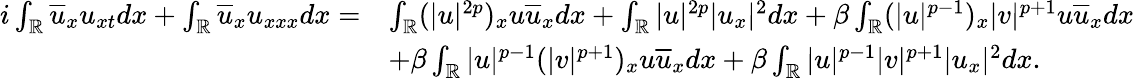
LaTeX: \begin{array}{rl}{i\int_{\mathbb{R}}\overline{{u}}_{x}u_{xt}dx+\int_{\mathbb{R}}\overline{{u}}_{x}u_{xxx}dx=}&{\int_{\mathbb{R}}(|u|^{2p})_{x}u\overline{{u}}_{x}dx+\int_{\mathbb{R}}|u|^{2p}|u_{x}|^{2}dx+\beta\int_{\mathbb{R}}(|u|^{p-1})_{x}|v|^{p+1}u\overline{{u}}_{x}dx}\\ &{+\beta\int_{\mathbb{R}}|u|^{p-1}(|v|^{p+1})_{x}u\overline{{u}}_{x}dx+\beta\int_{\mathbb{R}}|u|^{p-1}|v|^{p+1}|u_{x}|^{2}dx.}\end{array}